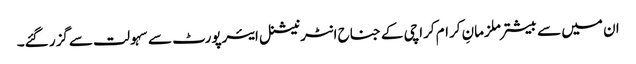
ان میں سے بیشتر ملزمانِ کرام کراچی کے جناح انٹرنیشنل ایئرپورٹ سے سہولت سےگزر گئے۔